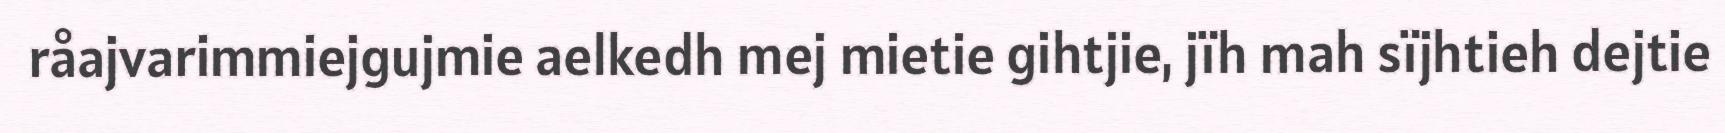
råajvarimmiejgujmie aelkedh mej mietie gihtjie, jïh mah sïjhtieh dejtie